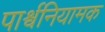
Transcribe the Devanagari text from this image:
पार्श्वनियामक